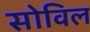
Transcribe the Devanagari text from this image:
सोविल